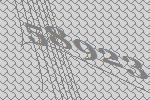
58923